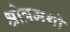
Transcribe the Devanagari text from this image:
श्रोत्रमथो